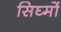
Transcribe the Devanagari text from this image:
सिघ्मों